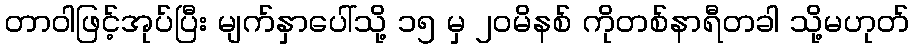
တာဝါဖြင့်အုပ်ပြီး မျက်နှာပေါ်သို့ ၁၅ မှ ၂၀မိနစ် ကိုတစ်နာရီတခါ သို့မဟုတ်